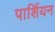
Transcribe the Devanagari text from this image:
पार्शियन